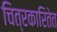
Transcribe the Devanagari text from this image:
चित्रकारितेत